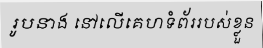
រូបនាង នៅលើគេហទំព័ររបស់ខ្លួន